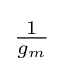
{\begin{matrix}{\frac {1}{g_{m}}}\end{matrix}}